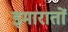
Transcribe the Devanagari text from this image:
इमारातों